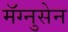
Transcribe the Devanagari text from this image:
मॅग्नुसेन